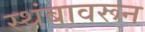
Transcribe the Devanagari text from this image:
स्थंबावरून